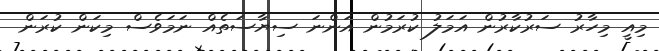
މިއީ މިހާރު ސަރުކާރުން އަމަލު ކުރަމުން އަންނަ ސިޔާސަތެއް ނަމަވެސް މިކަން ކުރަން